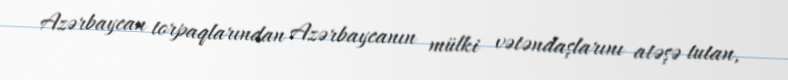
Azərbaycan torpaqlarından Azərbaycanın mülki vətəndaşlarını atəşə tutan,